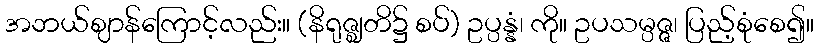
အဘယ်ဈာန်ကြောင့်လည်း။ (နိရုဇ္ဈတိ၌ စပ်) ဥပ္ပန္နံ၊ ကို။ ဥပသမ္ပဇ္ဇ၊ ပြည့်စုံစေ၍။